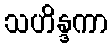
သဟိန္ဒကာ